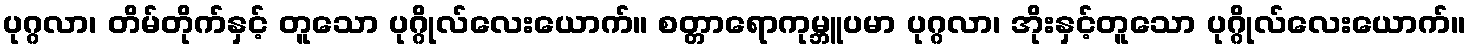
ပုဂ္ဂလာ၊ တိမ်တိုက်နှင့် တူသော ပုဂ္ဂိုလ်လေးယောက်။ စတ္တာရောကုမ္ဘူပမာ ပုဂ္ဂလာ၊ အိုးနှင့်တူသော ပုဂ္ဂိုလ်လေးယောက်။